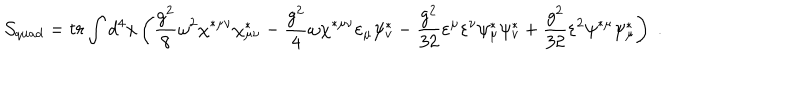
{ \cal S } _ { q u a d } = t r \int d ^ { 4 } x \left( \frac { g ^ { 2 } } 8 \omega ^ { 2 } \chi ^ { * \mu \nu } \chi _ { \mu \nu } ^ { * } - \frac { g ^ { 2 } } 4 \omega \chi ^ { * \mu \nu } \varepsilon _ { \mu } \psi _ { v } ^ { * } - \frac { g ^ { 2 } } { 3 2 } \varepsilon ^ { \mu } \varepsilon ^ { \nu } \psi _ { \mu } ^ { * } \psi _ { v } ^ { * } + \frac { g ^ { 2 } } { 3 2 } \varepsilon ^ { 2 } \psi ^ { * \mu } \psi _ { \mu } ^ { * } \right) \; .